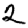
Digit: 2